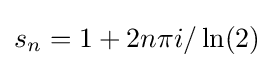
s_{n}=1+2n\pi i/\ln(2)